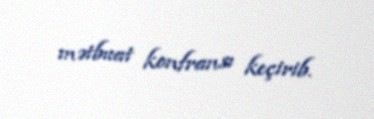
mətbuat konfransı keçirib.